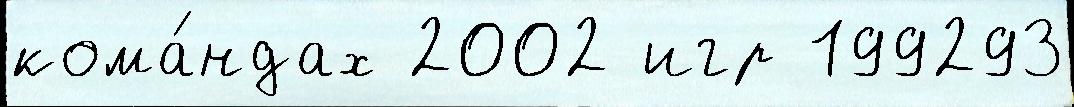
кома́ндах 2002 игр 199293